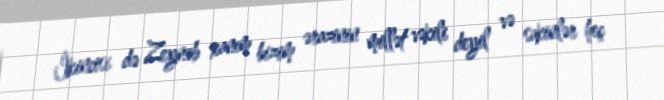
İkincisi də Zeynəb xanım bizim ərazinin millət vəkili deyil və sakinlər heç